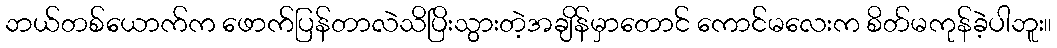
ဘယ်တစ်ယောက်က ဖောက်ပြန်တာလဲသိပြိးသွားတဲ့အချိန်မှာတောင် ကောင်မလေးက စိတ်မကုန်ခဲ့ပါဘူး။